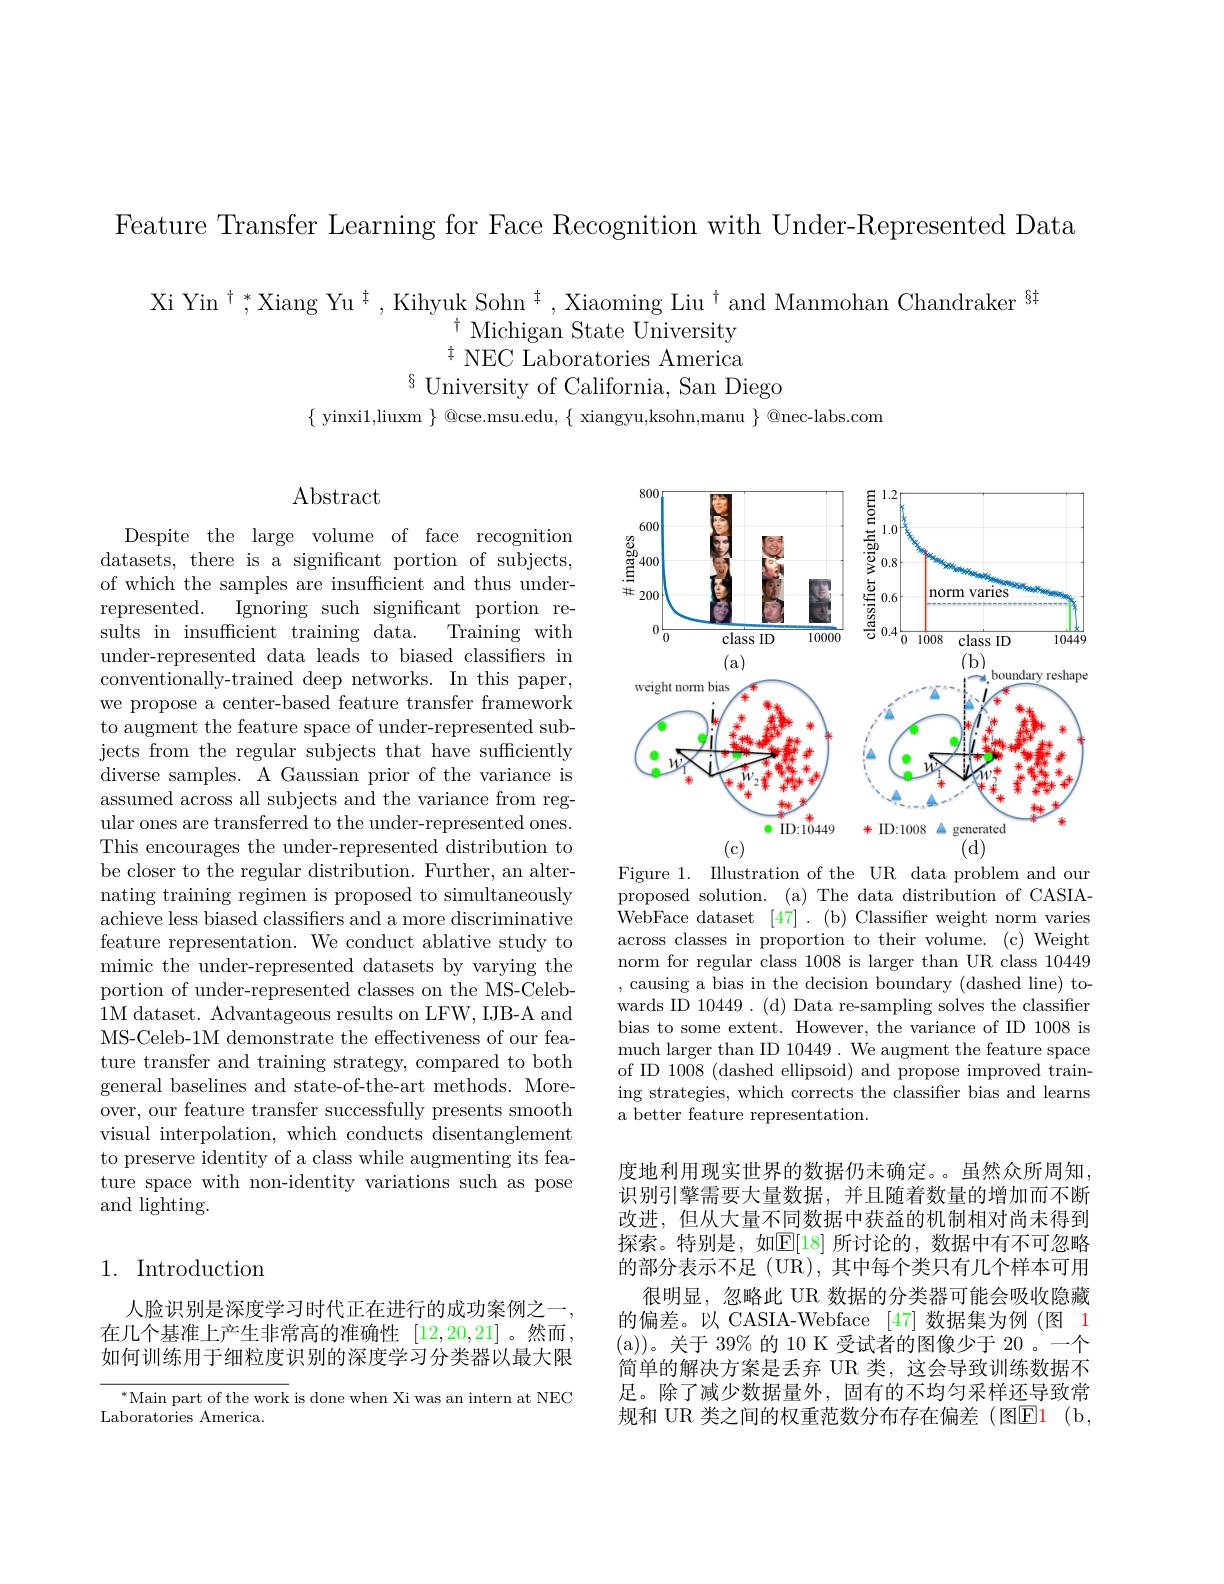
Feature Transfer Learning for Face Recognition with Under-Represented Data

Xi Yin$^{\dagger}$,*Xiang Yu$^{\dagger}$, Kihyuk Sohn$^{\dagger}$, Xiaoming Liu$^{\dagger}$and Manmohan Chandraker$^{64}$
$^{\dagger}$ Michigan State University $^{\ddagger}$ NEC Laboratories America
$^{8}$ University of California, San Diego
$\{$ yinxi1,liuxm $\}$ @cse.msu.edu, $\{$ xiangyu,ksohn,manu $\}$ @nec-labs.com

## Abstract

Despite the large volume of face recognition datasets, there is a significant portion of subjects, of which the samples are insufficient and thus underrepresented.
Ignoring such significant portion re-
sults in insufficient training data.
Training with
under-represented data leads to biased classifiers in conventionally-trained deep networks. In this paper, we propose a center-based feature transfer framework to augment the feature space of under-represented subjects from the regular subjects that have sufficiently diverse samples. A Gaussian prior of the variance is assumed across all subjects and the variance from regular ones are transferred to the under-represented ones. This encourages the under-represented distribution to be closer to the regular distribution. Further, an alternating training regimen is proposed to simultaneously achieve less biased classifiers and a more discriminative feature representation. We conduct ablative study to mimic the under-represented datasets by varying the portion of under-represented classes on the MS-Celeb- 1M dataset. Advantageous results on LFW, IJB-A and MS-Celeb-1M demonstrate the effectiveness of our feature transfer and training strategy, compared to both general baselines and state-of-the-art methods. Moreover, our feature transfer successfully presents smooth visual interpolation, which conducts disentanglement to preserve identity of a class while augmenting its feature space with non-identity variations such as pose and lighting.

## 1. Introduction

人脸识别是深度学习时代正在进行的成功案例之一在几个基准上产生非常高的准确性[12,20,21] 。然而如何训练用于细粒度识别的深度学习分类器以最大限

$^*$Main part of the work is done when Xi was an intern at NEC
Laboratories America.

<FigureHere>

Figure 1. Illustration of the UR data problem and our proposed solution. (a) The data distribution of CASIAWebFace dataset [47] . (b) Classifer weight norm varies across classes in proportion to their volume. (c) Weight norm for regular class 1008 is larger than UR class 10449 ,causing a bias in the decision boundary (dashed line) towards ID 10449. (d) Data re-sampling solves the classifier bias to some extent. However, the variance of ID 1008 is much larger than ID 10449. We augment the feature space of ID 1008 (dashed ellipsoid) and propose improved training strategies, which corrects the classiffer bias and learns a better feature representation.

度地利用现实世界的数据仍未确定。。虽然众所周知， 识别引擎需要大量数据，并且随着数量的增加而不断改进，但从大量不同数据中获益的机制相对尚未得到探索。特别是，如$\mathbb{E}[18]$ 所讨论的，数据中有不可忽略的部分表示不足 (UR), 其中每个类只有几个样本可用
很明显，忽略此 UR 数据的分类器可能会吸收隐藏的偏差。以 CASIA-Webface [47]数据集为例(图 1 (a))。关于 39%的 10 K 受试者的图像少于 20 。一个简单的解决方案是丢弃 UR 类，这会导致训练数据不足。除了减少数据量外，固有的不均匀采样还导致常规和 UR 类之间的权重范数分布存在偏差(图$\color{red}{\mathrm{E}}\color{red}{\mathrm{1}}\mathrm{(b,}$